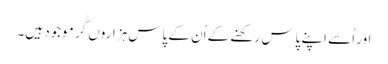
اور اُسے اپنے پاس رکھنے کے اُن کے پاس ہزاروں گُر موجود ہیں۔